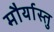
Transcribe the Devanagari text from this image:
मौर्यास्तु